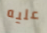
عليه